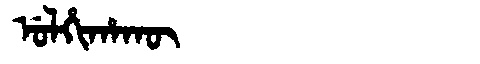
Manchu: ᡠᠯᡥᡳᡥᠠᡴᡡ
Romanization: ULHIHAKŪ